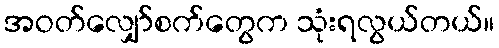
အဝတ်လျှော်စက်တွေက သုံးရလွယ်တယ်။